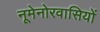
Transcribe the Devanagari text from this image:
नूमेनोरवासियों